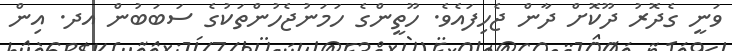
ވަނީ ގެދޮރު ދޫކޮށް ދާން ޖެހިފައެވެ. ހޫތީންގެ ހަމަނުޖެހުންތަކުގެ ސަބަބުން އދ. އިން